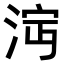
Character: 𣴩